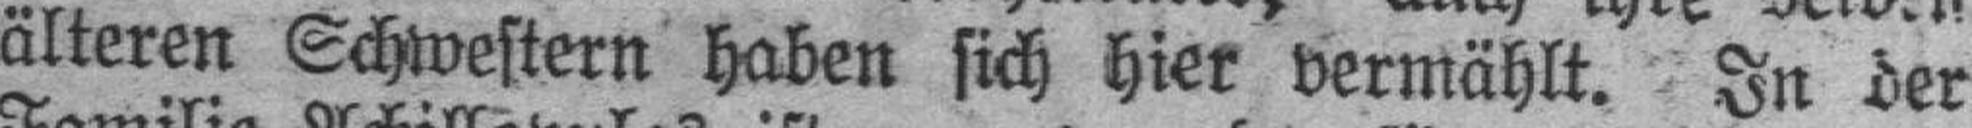
älteren Schwestern haben sich hier vermählt. In der